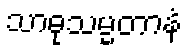
သာဓုသမ္မတာနံ